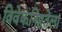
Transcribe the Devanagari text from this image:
विवेकनिष्ठतेला